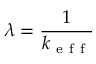
\lambda = \frac { 1 } { k _ { \mathrm { ~ e ~ f ~ f ~ } } }